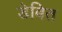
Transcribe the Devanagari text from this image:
डेबित